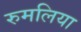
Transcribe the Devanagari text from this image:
रुमलिया